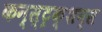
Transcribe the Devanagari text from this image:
कन्स्ट्रक्शन्स